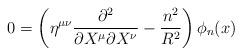
LaTeX: \begin{align*}0 = \left(\eta^{\mu\nu} \frac{\partial^2}{\partial X^\mu \partial X^\nu}- \frac{n^2}{R^2} \right) \phi_n(x)\end{align*}